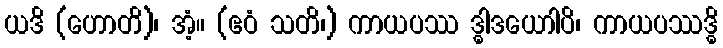
ယဒိ (ဟောတိ)၊ အံ့။ (ဧဝံ သတိ၊) ကာယပဿ ဒ္ဓါဒယောါပိ၊ ကာယပဿဒ္ဓိ